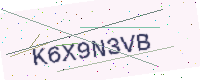
Text: K6X9N3VB